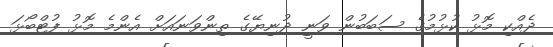
ދެއްކި މޮޅު ކުޅުމުގެ ސަބަބުން ވަނީ ދުނިޔޭގެ ތިންވަނައަށް އެންމެ މޮޅު ފުޓްބޯޅަ